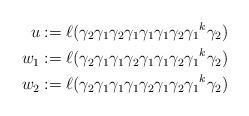
LaTeX: \begin{align*}u & := \ell(\gamma_2 \gamma_1 \gamma_2 \gamma_1 \gamma_1 \gamma_1 \gamma_2 {\gamma_1}^k \gamma_2)\\w_1 & := \ell(\gamma_2 \gamma_1 \gamma_1 \gamma_2 \gamma_1 \gamma_1 \gamma_2 {\gamma_1}^k \gamma_2)\\w_2 & := \ell(\gamma_2 \gamma_1 \gamma_1 \gamma_1 \gamma_2 \gamma_1 \gamma_2 {\gamma_1}^k \gamma_2)\\\end{align*}